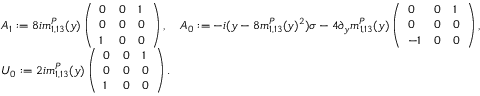
\begin{array} { r l } & { A _ { 1 } : = 8 i m _ { 1 , 1 3 } ^ { P } ( y ) \left( \begin{array} { l l l } { 0 } & { 0 } & { 1 } \\ { 0 } & { 0 } & { 0 } \\ { 1 } & { 0 } & { 0 } \end{array} \right) , \quad A _ { 0 } : = - i ( y - 8 m _ { 1 , 1 3 } ^ { P } ( y ) ^ { 2 } ) \sigma - 4 \partial _ { y } m _ { 1 , 1 3 } ^ { P } ( y ) \left( \begin{array} { l l l } { 0 } & { 0 } & { 1 } \\ { 0 } & { 0 } & { 0 } \\ { - 1 } & { 0 } & { 0 } \end{array} \right) , } \\ & { U _ { 0 } : = 2 i m _ { 1 , 1 3 } ^ { P } ( y ) \left( \begin{array} { l l l } { 0 } & { 0 } & { 1 } \\ { 0 } & { 0 } & { 0 } \\ { 1 } & { 0 } & { 0 } \end{array} \right) . } \end{array}